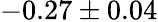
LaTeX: -0.27\pm 0.04